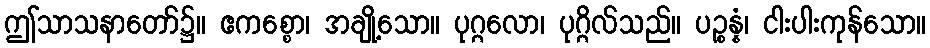
ဤသာသနာတော်၌။ ဧကစ္စော၊ အချို့သော။ ပုဂ္ဂလော၊ ပုဂ္ဂိလ်သည်။ ပဉ္စန္နံ၊ ငါးပါးကုန်သော။